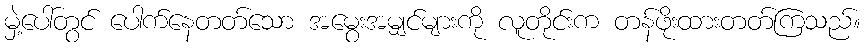
မှဲ့ပေါ်တွင် ပေါက်နေတတ်သော အမွေးအမျှင်များကို လူတိုင်းက တန်ဖိုးထားတတ်ကြသည်။